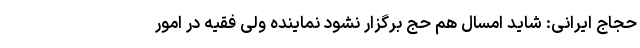
حجاج ایرانی: شاید امسال هم حج برگزار نشود نماینده ولی فقیه در امور